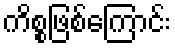
ကိစ္စဖြစ်ကြောင်း